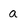
Character: a